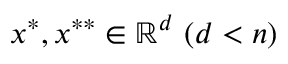
x ^ { * } , x ^ { * * } \in \mathbb { R } ^ { d } \ ( d < n )